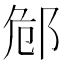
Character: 䣀